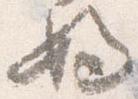
ふ